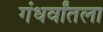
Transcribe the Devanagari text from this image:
गंधर्वांतला